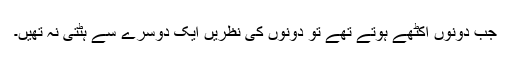
جب دونوں اکٹھے ہوتے تھے تو دونوں کی نظریں ایک دوسرے سے ہٹتی نہ تھیں۔